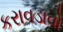
કરાવડાવો